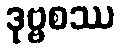
ဒုဗ္ဗစဿ